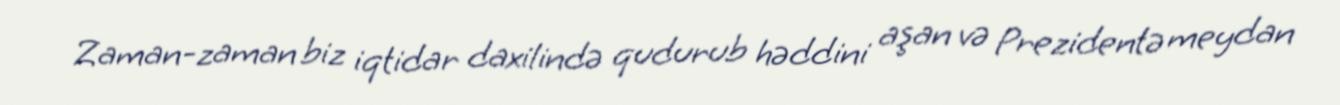
Zaman-zaman biz iqtidar daxilində qudurub həddini aşan və Prezidentə meydan